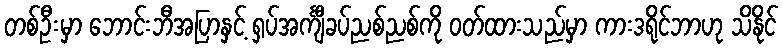
တစ်ဦးမှာ ဘောင်းဘီအပြာနှင့် ရှပ်အင်္ကျီခပ်ညစ်ညစ်ကို ဝတ်ထားသည်မှာ ကားဒရိုင်ဘာဟု သိနိုင်